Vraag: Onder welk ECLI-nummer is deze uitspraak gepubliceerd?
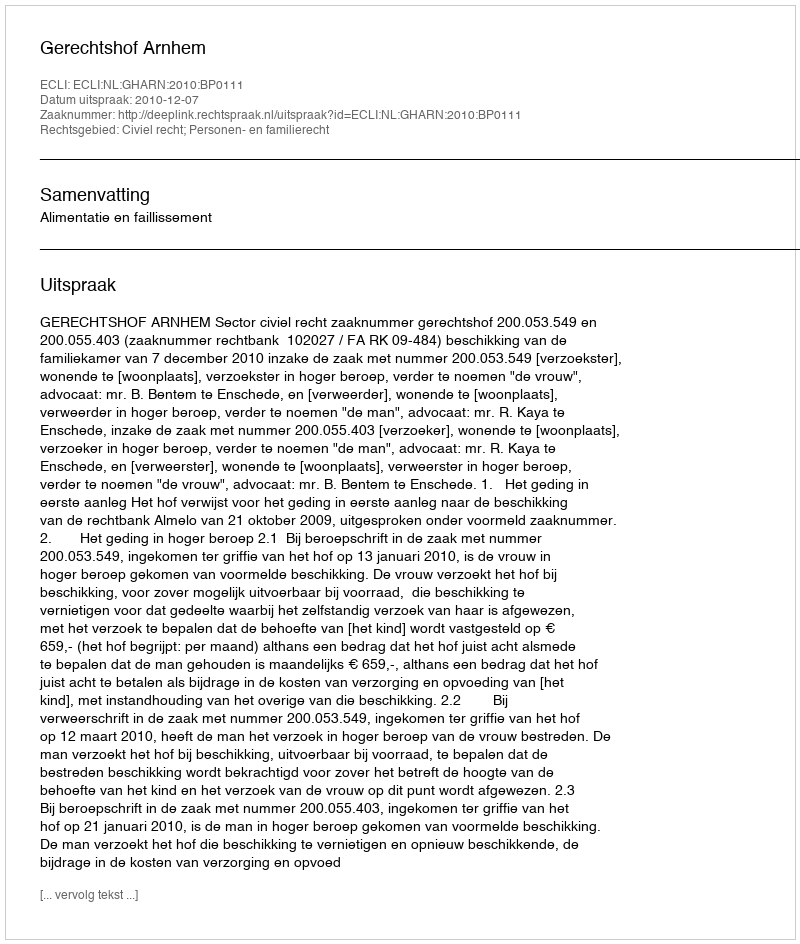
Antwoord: ECLI:NL:GHARN:2010:BP0111